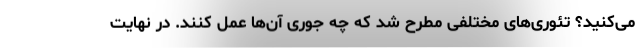
می‌کنید؟ تئوری‌های مختلفی مطرح شد که چه جوری آن‌ها عمل کنند. در نهایت